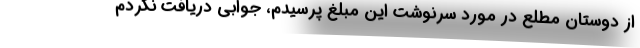
از دوستان مطلع در مورد سرنوشت اين مبلغ پرسيدم، جوابي دريافت نكردم